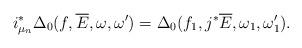
LaTeX: \begin{align*}i_{\mu_n}^*\Delta_0(f,\overline{E},\omega,\omega')=\Delta_0(f_1,j^*\overline{E},\omega_1,\omega'_1).\end{align*}